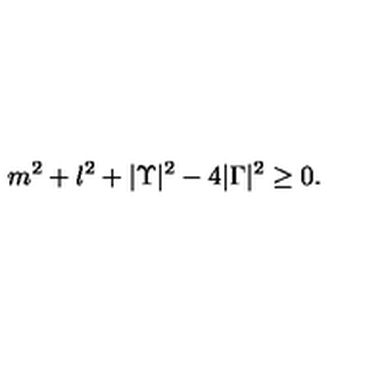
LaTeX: m ^ { 2 } + l ^ { 2 } + | \Upsilon | ^ { 2 } - 4 | \Gamma | ^ { 2 } \geq 0 .